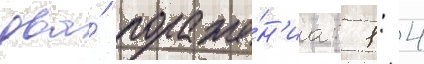
два́ пораже́н'иа: 1: 4